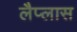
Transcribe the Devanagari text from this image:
लैप्लास